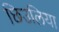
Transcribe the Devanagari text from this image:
छिउलिया